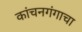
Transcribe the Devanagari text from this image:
कांचनगंगाचा